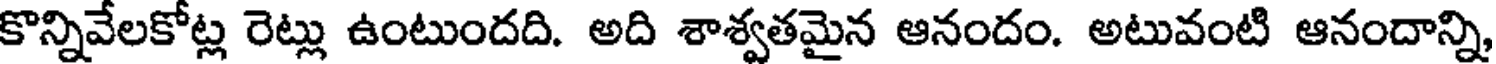
కొన్నివేలకోట్ల రెట్లు ఉంటుందది. అది శాశ్వతమైన ఆనందం. అటువంటి ఆనందాన్ని